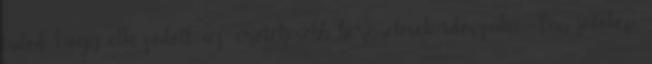
tudod hogy elkeződött az erőteljesebb béremelések időszaka. Van jövőkép,